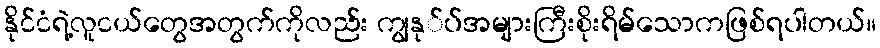
နိုင်ငံရဲ့လူငယ်တွေအတွက်ကိုလည်း ကျွနု်ပ်အများကြီးစိုးရိမ်သောကဖြစ်ရပါတယ်။